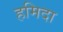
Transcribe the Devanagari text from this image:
हमिदा